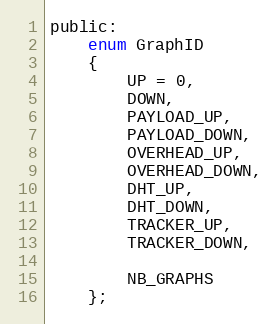
Language: C
public:
    enum GraphID
    {
        UP = 0,
        DOWN,
        PAYLOAD_UP,
        PAYLOAD_DOWN,
        OVERHEAD_UP,
        OVERHEAD_DOWN,
        DHT_UP,
        DHT_DOWN,
        TRACKER_UP,
        TRACKER_DOWN,

        NB_GRAPHS
    };